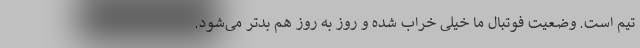
تیم است. وضعیت فوتبال ما خیلی خراب شده و روز به روز هم بدتر می‌شود.